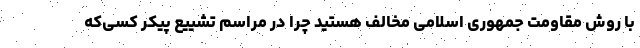
با روش مقاومت جمهوری اسلامی مخالف هستید چرا در مراسم تشییع پیکر کسی‌که